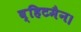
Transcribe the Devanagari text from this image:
व्हिटमैन।